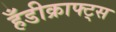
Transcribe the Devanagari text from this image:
हँडीक्राफ्ट्स